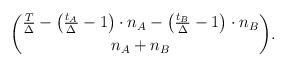
LaTeX: \begin{align*}\binom{\frac{T}{\Delta} - \left(\frac{t_A}{\Delta} - 1\right) \cdot n_A - \left(\frac{t_B}{\Delta} - 1\right) \cdot n_B}{n_A + n_B}.\end{align*}